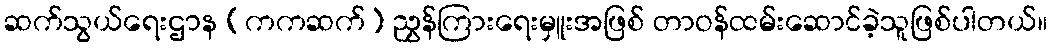
ဆက်သွယ်ရေးဌာန (ကကဆက်) ညွှန်ကြားရေးမှူးအဖြစ် တာဝန်ထမ်းဆောင်ခဲ့သူဖြစ်ပါတယ်။